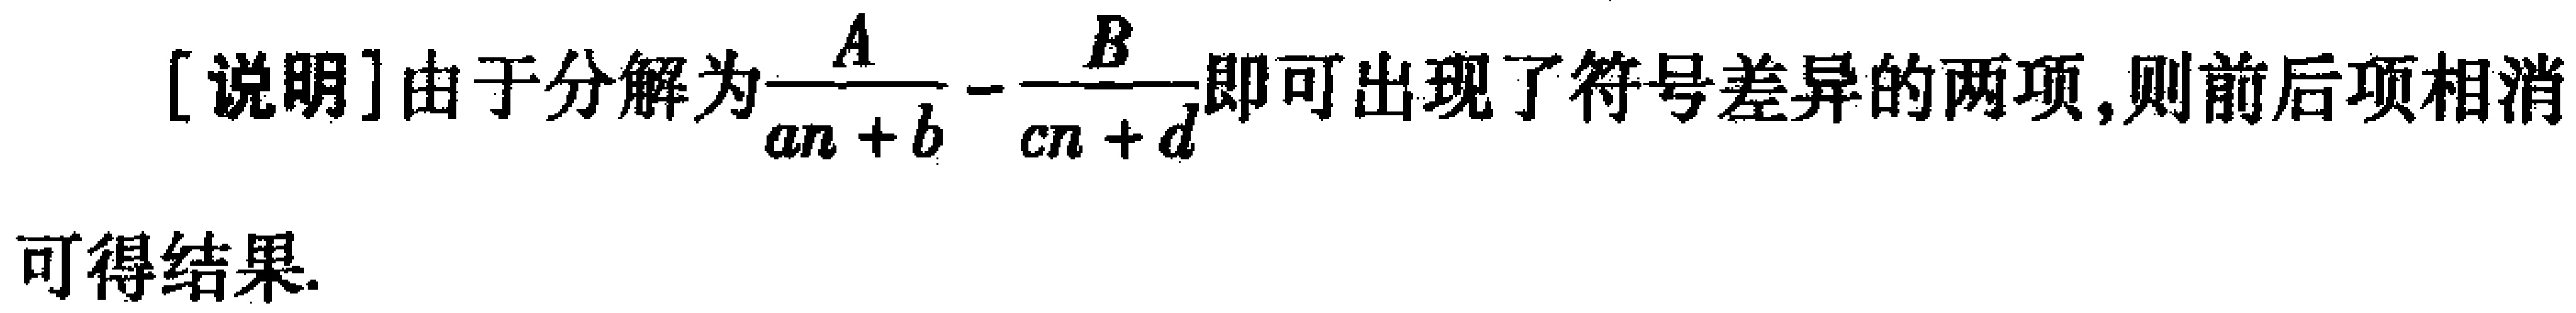
[说明]由于分解为$\frac{A}{an + b} - \frac{B}{cn + d}$即可出现了符号差异的两项,则前后项相消
可得结果.